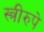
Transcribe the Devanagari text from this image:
स्त्रीरुपे